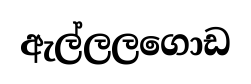
ඇල්ලලගොඩ